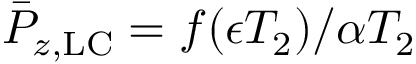
\bar { P } _ { z , \mathrm { L C } } = f ( \epsilon T _ { 2 } ) / \alpha T _ { 2 }